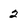
Character: 2